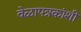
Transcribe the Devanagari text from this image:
वेळापत्रकांशी